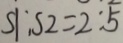
S _ { 1 } : S _ { 2 } = 2 : 5